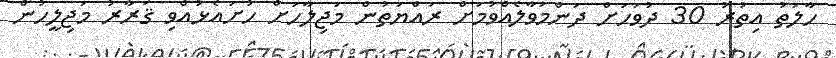
ހާލަތު އިތުރު 30 ދުވަހަށް ދަންމަވާލެއްވުމަށް ރައްޔަތުން މަޖިލާހަށް ހުށައެޅުއްވި ޤަރާރު މަޖިލީހުން